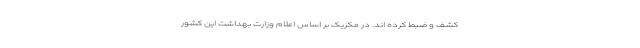
کشف و ضبط کرده اند. در مکزیک بر اساس اعلام وزارت بهداشت این کشور